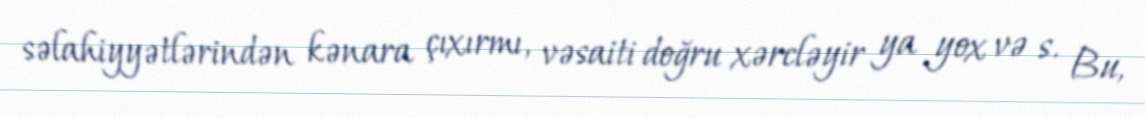
səlahiyyətlərindən kənara çıxırmı, vəsaiti doğru xərcləyir ya yox və s. Bu,